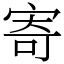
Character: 寄